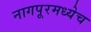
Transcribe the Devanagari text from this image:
नागपूरमध्येच